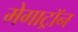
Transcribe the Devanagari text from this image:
मेगाट्रॉन